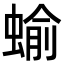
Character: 蝓